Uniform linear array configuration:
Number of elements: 32
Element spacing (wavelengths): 1
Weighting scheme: cosine
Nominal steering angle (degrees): -60
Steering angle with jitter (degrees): -59.24
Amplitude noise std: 0.05
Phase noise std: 0.05

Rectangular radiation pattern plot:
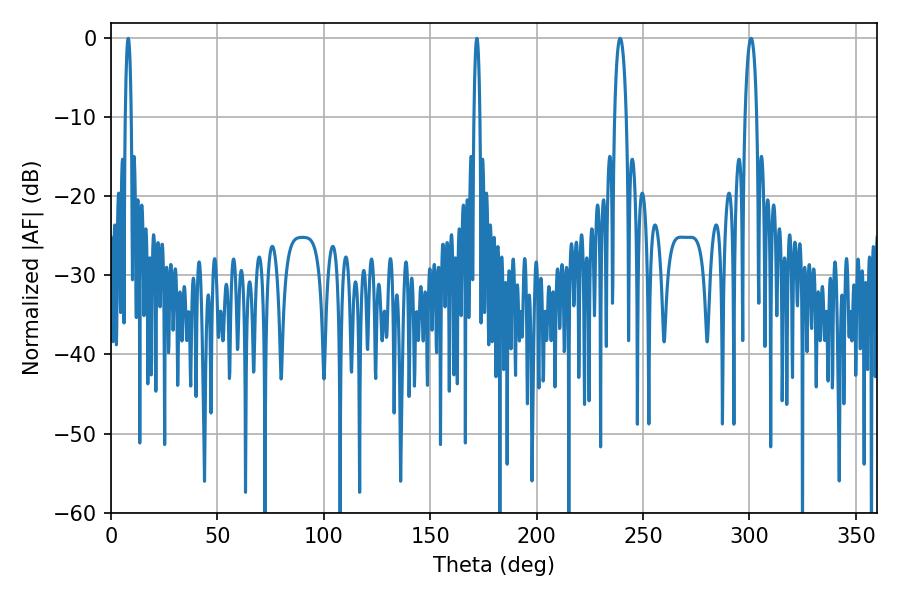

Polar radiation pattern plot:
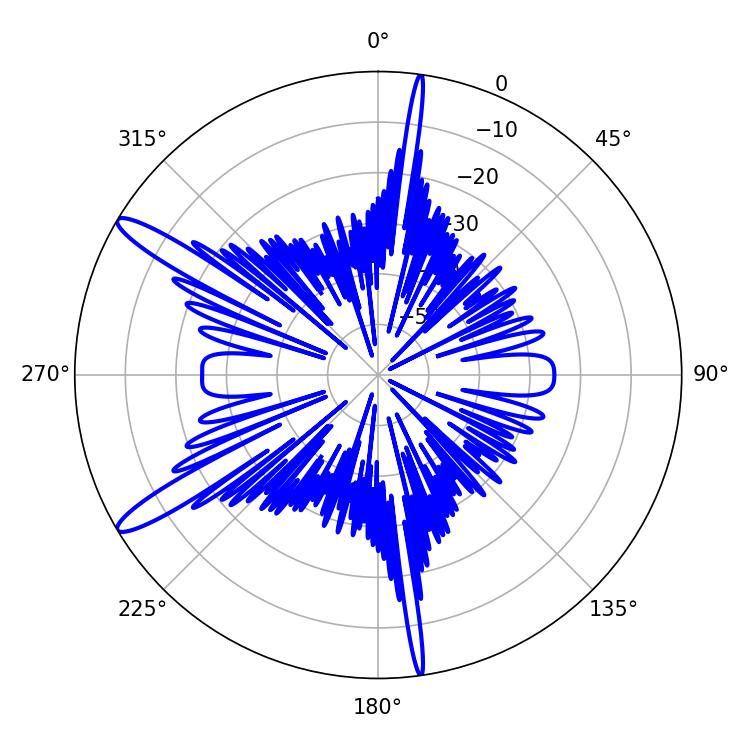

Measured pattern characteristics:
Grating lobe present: TRUE
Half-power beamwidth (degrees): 3.06
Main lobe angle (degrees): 239.22